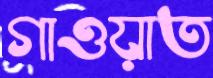
গাওয়াত